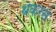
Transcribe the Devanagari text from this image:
थेकरसे